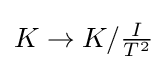
{\textstyle K\rightarrow K/{\frac {I}{T^{2}}}}